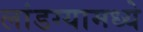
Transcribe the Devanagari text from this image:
लांडग्यामध्ये